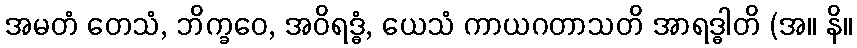
အမတံ တေသံ, ဘိက္ခဝေ, အဝိရဒ္ဓံ, ယေသံ ကာယဂတာသတိ အာရဒ္ဓါတိ (အ။ နိ။